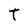
Character: T